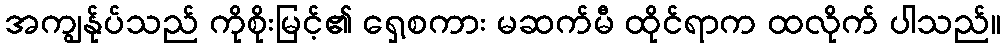
အကျွန်ုပ်သည် ကိုစိုးမြင့်၏ ရှေ့စကား မဆက်မီ ထိုင်ရာက ထလိုက် ပါသည်။